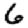
Digit: 6